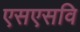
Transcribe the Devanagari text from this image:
एसएसवि